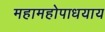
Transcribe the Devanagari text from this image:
महामहोपाधयाय